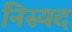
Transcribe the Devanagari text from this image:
निस्यद